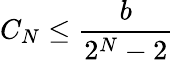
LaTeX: C_{N}\leq\frac{b}{2^{N}-2}